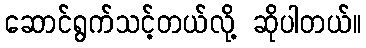
ဆောင်ရွက်သင့်တယ်လို့ ဆိုပါတယ်။